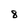
Character: 8